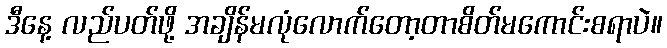
ဒီနေ့ လည်ပတ်ဖို့ အချိန်မလုံလောက်တော့တာစိတ်မကောင်းစရာပဲ။